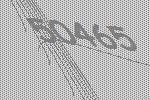
50465